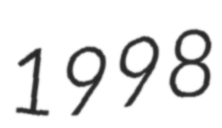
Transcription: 1998